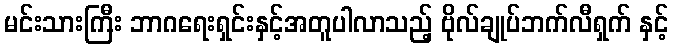
မင်းသားကြီး ဘာဂရေးရှင်းနှင့်အတူပါလာသည့် ဗိုလ်ချုပ်ဘက်လီရှက် နှင့်